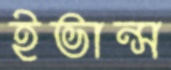
ইভান্স